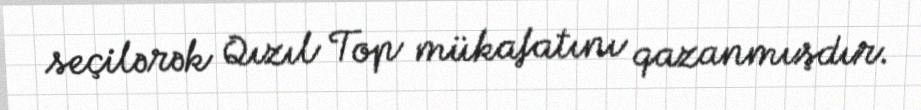
seçilərək Qızıl Top mükafatını qazanmışdır.